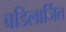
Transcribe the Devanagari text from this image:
वडिलार्जित